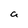
Character: a